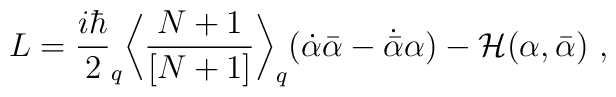
L=\frac{i\hbar}{2} _q\biggl<\frac{N+1}{[N+1]}\biggr>_q(\dot{\alpha}\bar{\alpha}-\dot{\bar{\alpha}}\alpha  )-{\cal H}(\alpha,\bar{\alpha})\ ,